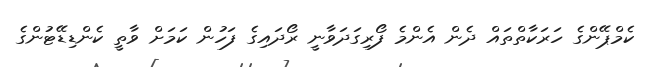
ކެމްޕޭންގެ ހަރަކާތްތައް ދެން އެންމެ ފޯރިގަދަވާނީ ރޯދައިގެ ފަހުން ކަމަށް ވާތީ ކެންޑިޑޭޓުންގެ